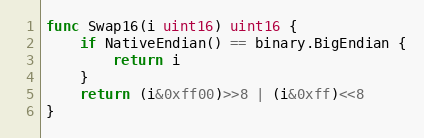
Language: Go
func Swap16(i uint16) uint16 {
	if NativeEndian() == binary.BigEndian {
		return i
	}
	return (i&0xff00)>>8 | (i&0xff)<<8
}